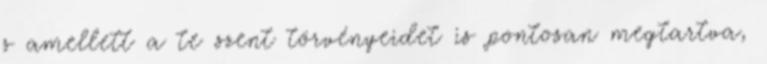
s amellett a te szent törvényeidet is pontosan megtartva,